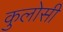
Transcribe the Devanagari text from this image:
कुलोसी